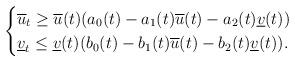
LaTeX: \begin{align*}\begin{cases}\overline u_t\geq \overline u(t)( a_0(t)-a_1(t)\overline u(t) -a_2(t)\underline v(t))\\\underline v_t\leq \underline v(t)( b_0(t)-b_1(t)\overline u(t) -b_2(t)\underline v(t)).\end{cases}\end{align*}